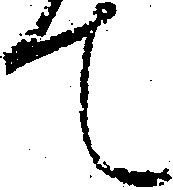
て